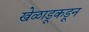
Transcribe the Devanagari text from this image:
खेळाडूकडून